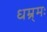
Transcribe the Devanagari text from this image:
धम्र्मः